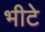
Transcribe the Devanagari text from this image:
भीटे